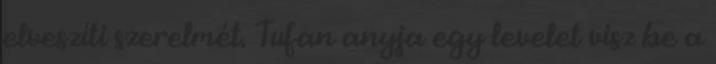
elveszíti szerelmét. Tufan anyja egy levelet visz be a